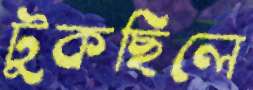
টুকছিলে